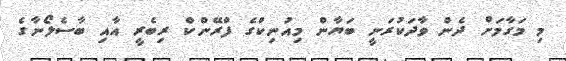
މި މަގާމަށް ދެން ވާދަކުރަނީ ބަޔާން މިއުނިކްގެ ފްރޭންކް ރިބެރީ އާއި ބާސެލޯނާގެ